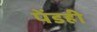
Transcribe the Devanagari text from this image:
पेंडही